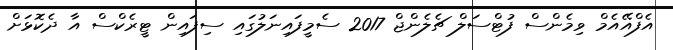
އެފްއޭއެމް ވިމެންސް ފުޓްސަލް ޗެލެންޖް 2017 ސެމީފައިނަލުގައި ސިފައިން ޓީރެކްސް އާ ދެކޮޅަށް